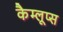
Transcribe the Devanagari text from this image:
कैम्लूप्स